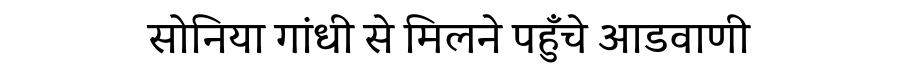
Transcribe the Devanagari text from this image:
सोनिया गांधी से मिलने पहुँचे आडवाणी